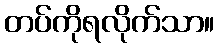
တပ်ကိုရလိုက်သာ။